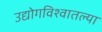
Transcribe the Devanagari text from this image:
उद्योगविश्वातल्या